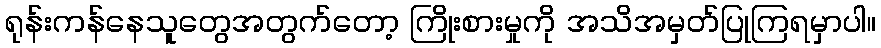
ရုန်းကန်နေသူတွေအတွက်တော့ ကြိုးစားမှုကို အသိအမှတ်ပြုကြရမှာပါ။